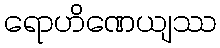
ရောဟိဏေယျဿ